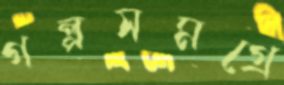
গল্পসমগ্রে